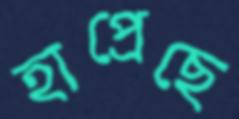
হাপ্‌রেছে